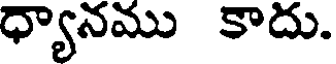
ధ్యానము కాదు.